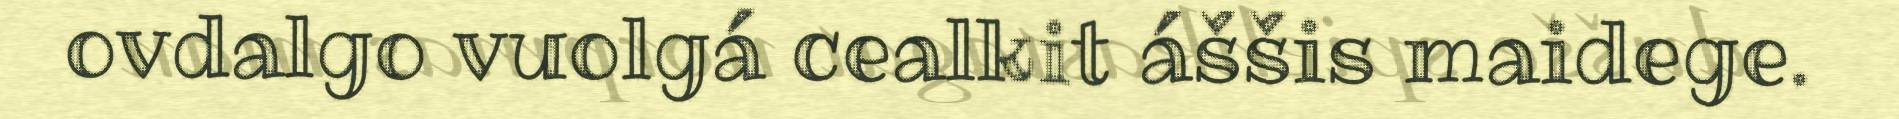
ovdalgo vuolgá cealkit áššis maidege.